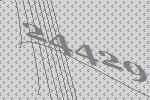
24429